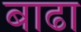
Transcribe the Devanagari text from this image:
बाढा